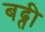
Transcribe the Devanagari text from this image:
बढ्ती